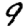
Digit: 9